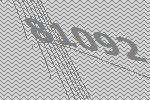
81092